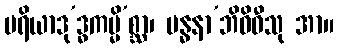
မရိယာဒု’ဒ္ဓကမ္မိ’စ္ဆာ၊ ဗန္ဓနာ’ဘိဝိဓီသု အာ။